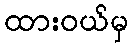
ထားဝယ်မှ